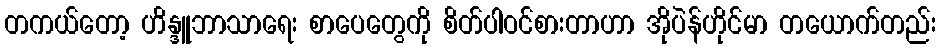
တကယ်တော့ ဟိန္ဒူဘာသာရေး စာပေတွေကို စိတ်ပါဝင်စားတာဟာ အိုပဲန်ဟိုင်မာ တယောက်တည်း